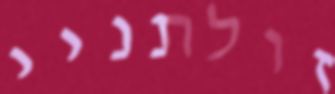
זולתניי